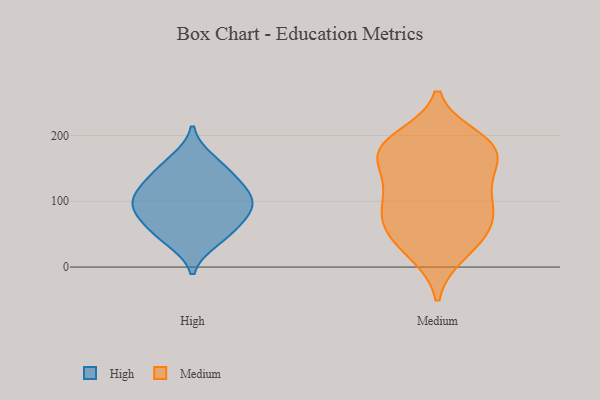
{"axis": {"x": "Demand Index", "y": "Value"}, "legend": ["High", "Medium"], "data": [{"x": "", "y": 64, "type": "High"}, {"x": "", "y": 99, "type": "High"}, {"x": "", "y": 101, "type": "High"}, {"x": "", "y": 40, "type": "High"}, {"x": "", "y": 85, "type": "High"}, {"x": "", "y": 90, "type": "High"}, {"x": "", "y": 145, "type": "High"}, {"x": "", "y": 131, "type": "High"}, {"x": "", "y": 51, "type": "High"}, {"x": "", "y": 118, "type": "High"}, {"x": "", "y": 163, "type": "High"}, {"x": "", "y": 183, "type": "Medium"}, {"x": "", "y": 93, "type": "Medium"}, {"x": "", "y": 57, "type": "Medium"}, {"x": "", "y": 88, "type": "Medium"}, {"x": "", "y": 117, "type": "Medium"}, {"x": "", "y": 66, "type": "Medium"}, {"x": "", "y": 172, "type": "Medium"}, {"x": "", "y": 20, "type": "Medium"}, {"x": "", "y": 24, "type": "Medium"}, {"x": "", "y": 176, "type": "Medium"}, {"x": "", "y": 187, "type": "Medium"}, {"x": "", "y": 177, "type": "Medium"}, {"x": "", "y": 131, "type": "Medium"}, {"x": "", "y": 72, "type": "Medium"}, {"x": "", "y": 196, "type": "Medium"}, {"x": "", "y": 122, "type": "Medium"}, {"x": "", "y": 166, "type": "Medium"}, {"x": "", "y": 52, "type": "Medium"}]}